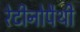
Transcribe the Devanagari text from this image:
रेटीनोपैथी